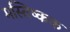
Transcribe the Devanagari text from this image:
मस्तिष्कक